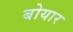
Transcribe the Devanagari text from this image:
बोयार